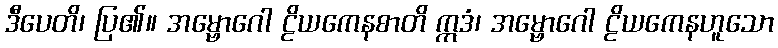
ဒီပေတိ၊ ပြ၏။ အမ္ဗောဂေါ ဠိယကေနစာတိ ဣဒံ၊ အမ္ဗောဂေါ ဠိယကေနဟူသော